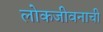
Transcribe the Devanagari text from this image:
लोकजीवनाची